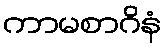
ကာမစာဂိနံ